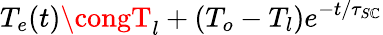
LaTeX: T_{e}(t)\congT_{l}+(T_{o}-T_{l})e^{-t/\tau_{S\mathbb{C}}}